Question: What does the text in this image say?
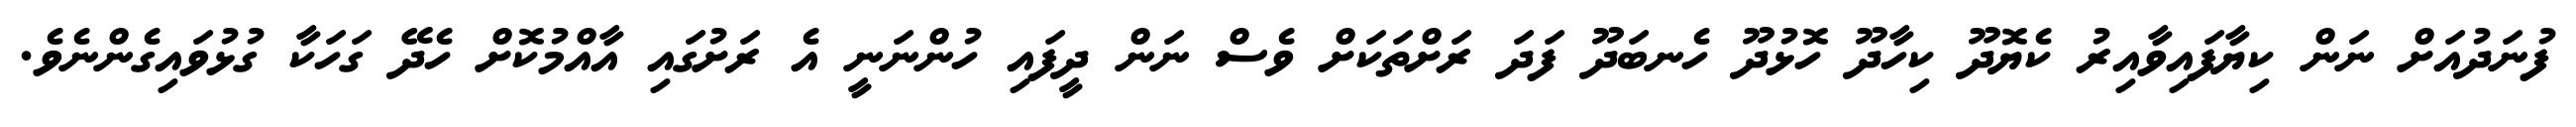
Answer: ފުނަދުއަށް ނަން ކިޔާފައިވާއިރު ކެޔޮދޫ ކިހާދޫ ހޮޅުދޫ ހެނބަދޫ ފަދަ ރަށްތަކަށް ވެސް ނަން ދީފައި ހުންނަނީ އެ ރަށުގައި އާއްމުކޮށް ހެދޭ ގަހަކާ ގުޅުވައިގެންނެވެ.